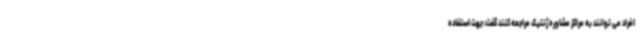
افراد می توانند به مراکز مشاوره ژنتیک مراجعه کنند گفت: جهت استفاده